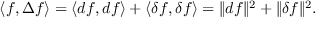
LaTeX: \langle f , \Delta f \rangle = \langle d f , d f \rangle + \langle \delta f , \delta f \rangle = \| d f \| ^ { 2 } + \| \delta f \| ^ { 2 } .